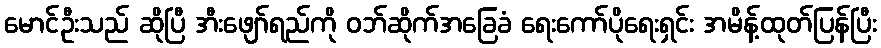
မောင်ဦးသည် ဆိုပြီ အီးဖျော်ရည်ကို ဝဘ်ဆိုက်အခြေခံ ရေးကော်ပိုရေးရှင်း အမိန့်ထုတ်ပြန်ပြီး